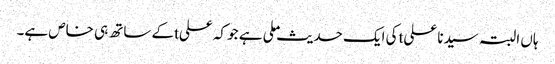
ہاں البتہ سیدنا علیtکی ایک حدیث ملی ہے جو کہ علیtکے ساتھ ہی خاص ہے۔